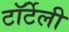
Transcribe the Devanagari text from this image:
टॉर्टेली